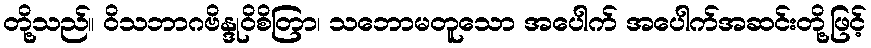
တို့သည်။ ဝိသဘာဂဗိန္ဒုဝိစိတြာ၊ သဘောမတူသော အပေါက် အပေါက်အဆင်းတို့ဖြင့်